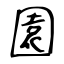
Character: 園